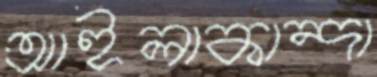
আইলাকান্দা